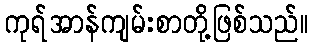
ကုရ်အာန်ကျမ်းစာတို့ဖြစ်သည်။